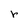
Character: r